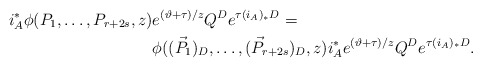
\begin{align*} i_ A^*\phi(P_1, \dots, P_{r+2s} , z) &e^{(\vartheta+\tau)/z} Q^De^{\tau(i_A)_*D } =\\&\phi(({\vec P} _1)_D, \dots, ({\vec P} _{r+2s} )_D, z) i_ A^* e^{(\vartheta+\tau)/z} Q^De^{\tau(i_A)_*D } .\end{align*}